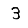
Digit: 3